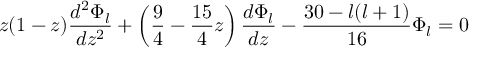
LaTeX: z ( 1 - z ) \frac { d ^ { 2 } \Phi _ { { l } } } { d z ^ { 2 } } + \left( \frac 9 4 - \frac { 1 5 } { 4 } z \right) \frac { d \Phi _ { { l } } } { d z } - \frac { 3 0 - l ( l + 1 ) } { 1 6 } \Phi _ { { l } } = 0